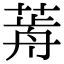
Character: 𦷱